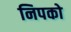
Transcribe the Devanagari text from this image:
निपको